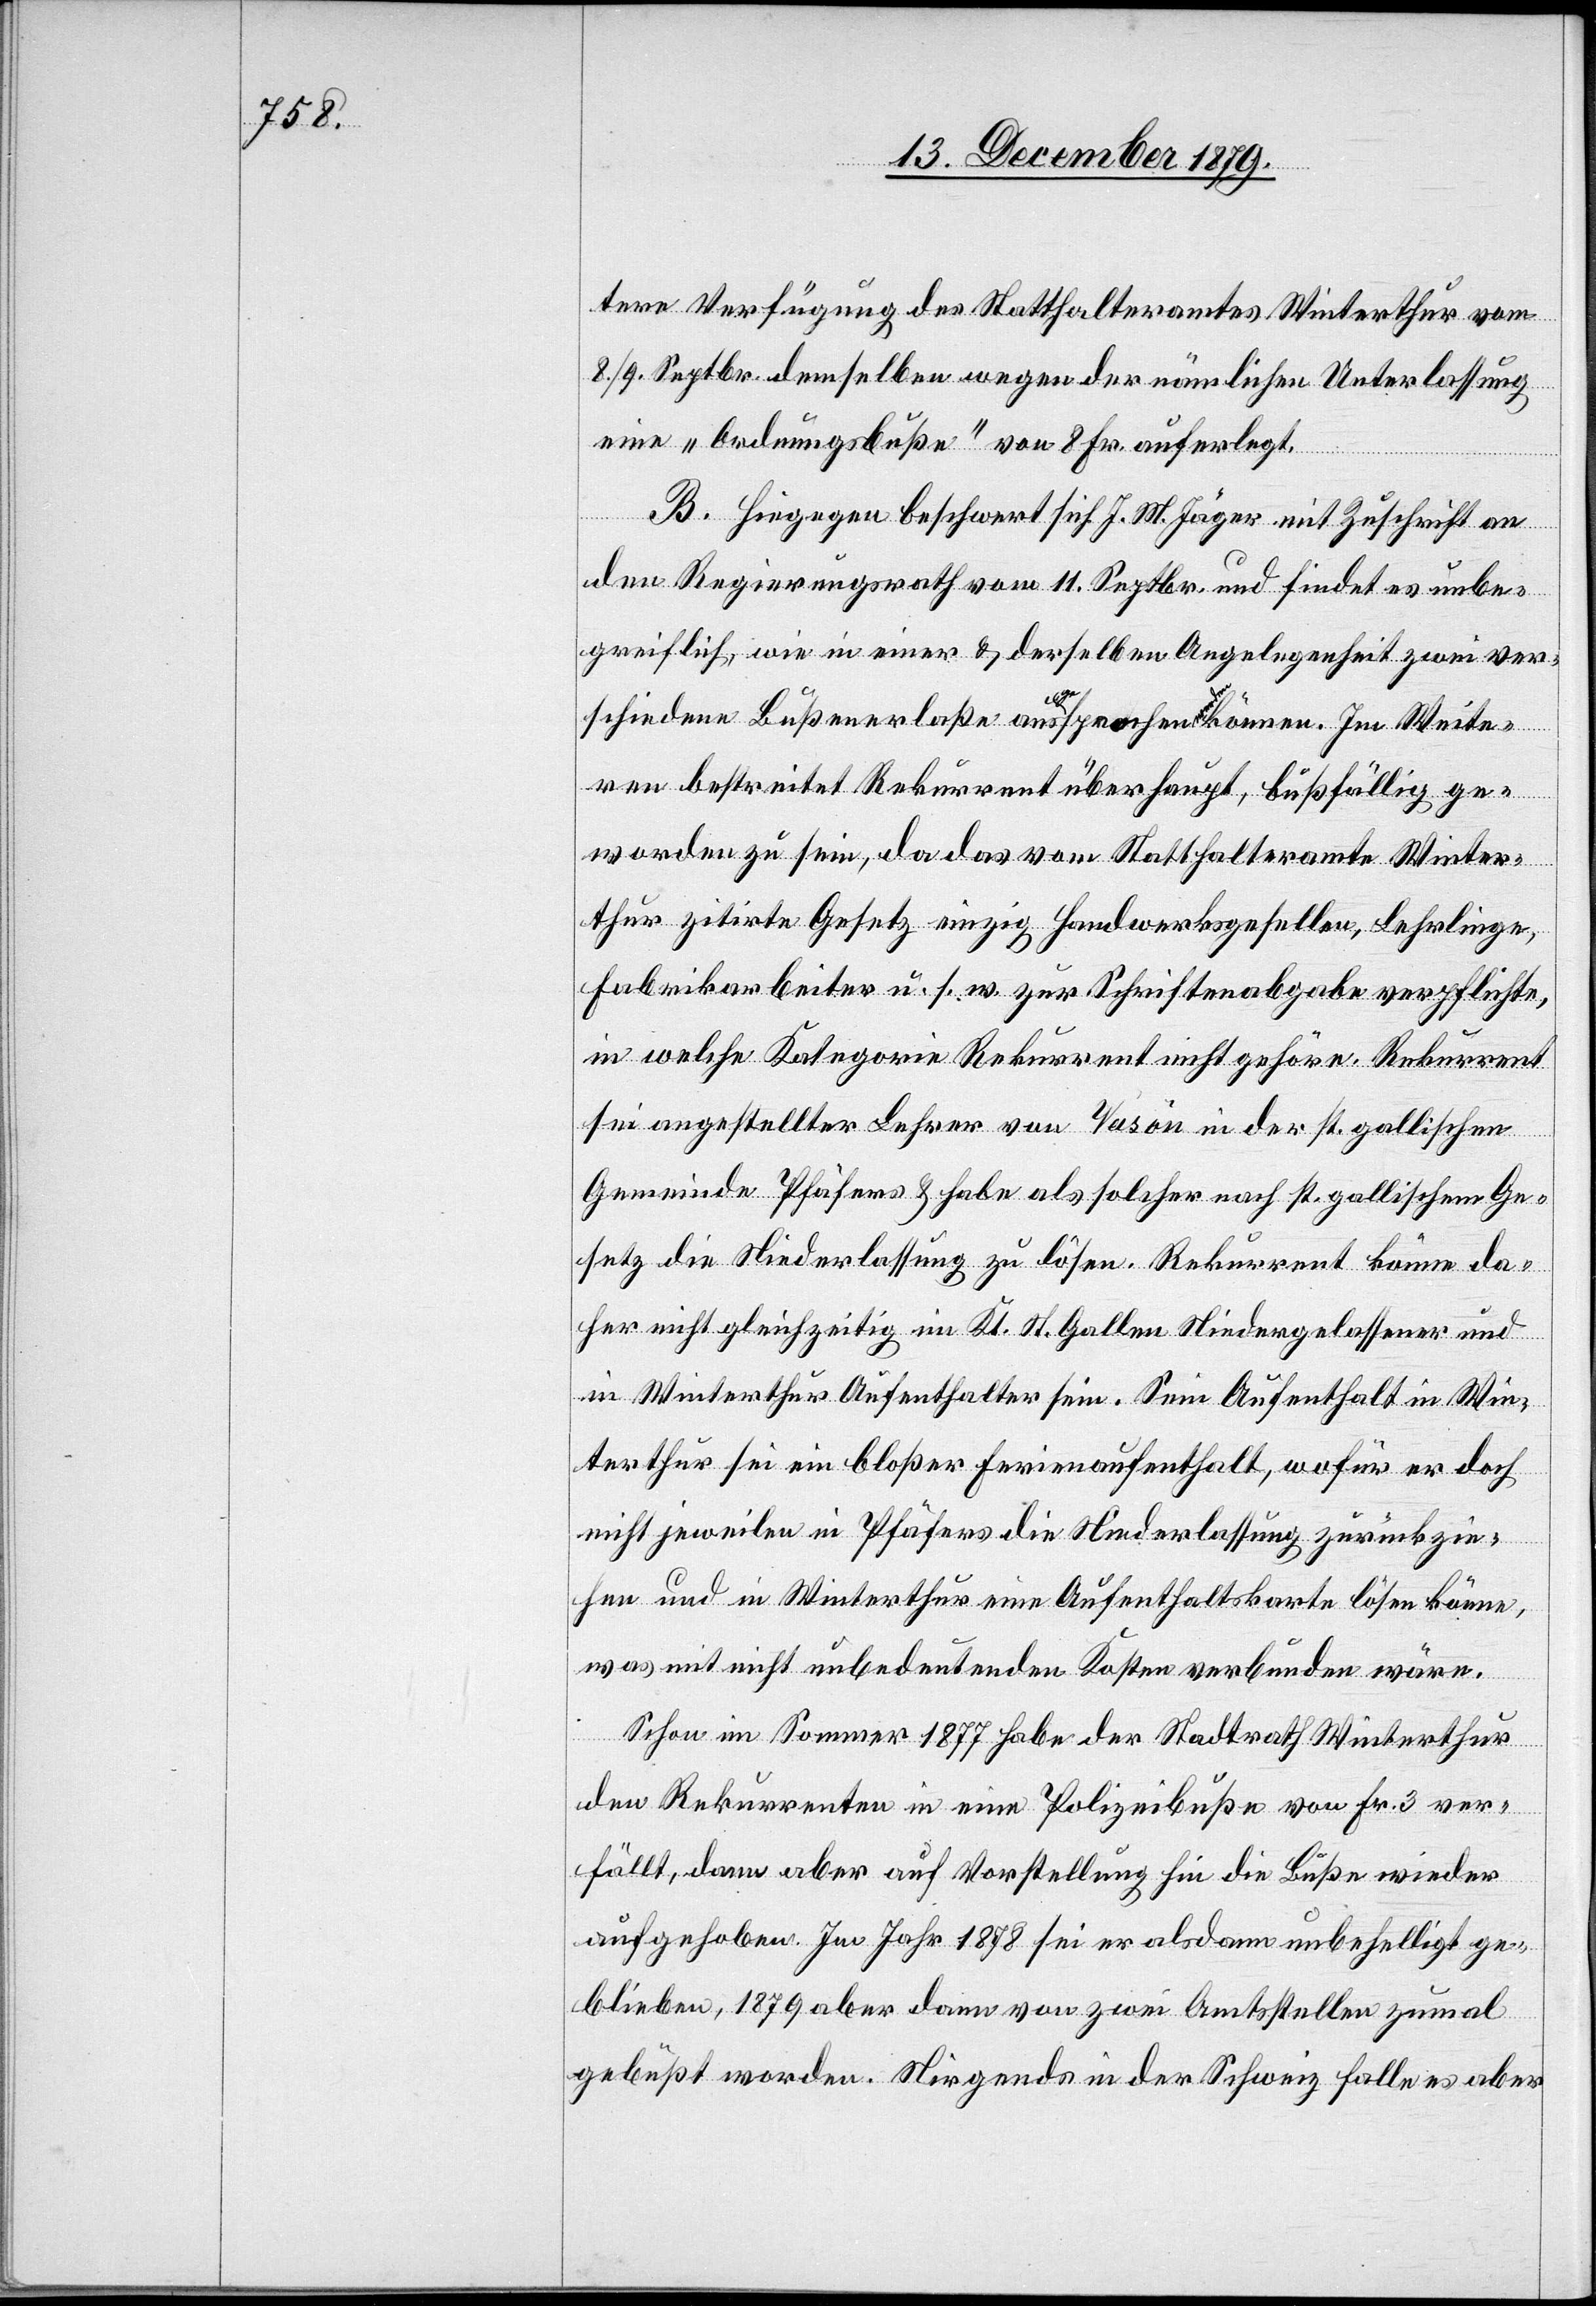
tere Verfügung des Stadthalteramtes Winterthur vom
8./9. Septbr. demselben wegen der nämlichen Unterlassung
eine „Ordnungsbuße“ von 8 Fr. auferlegt.
B. Hingegen beschwert sich J. M. Jäger mit Zuschrift an
den Regierungsrath vom 11. Septbr. und findet es unbe¬
greiflich, wie in einer & derselben Angelegenheit zwei ver¬
schiedene Bußenerlaße ausgesprochen werden können. Im Weite¬
ren bestreitet Rekurrent überhaupt, bußfällig ge¬
worden zu sein, da das vom Statthalteramte Winter¬
thur zitirte Gesetz einzig Handwerksgesellen, Lehrlinge,
Fabrikarbeiter u. s. w. zur Schriftenabgabe verpflichte,
in welche Kategorie Rekurrent nicht gehöre. Rekurrent
sei angestellter Lehrer von Vasôn in der st. gallischen
Gemeinde Pfäfers & habe als solcher nach st. gallischem Ge¬
setz die Niederlassung zu lösen. Rekurrent könne da¬
her nicht geleichzeitig im Kt. St. Gallen Niedergelassener und
in Winterthur Aufenthalter sein. Sein Aufenthalt in Win¬
terthur sei ein bloßer Ferienaufenthalt, wofür er doch
nicht jeweilen in Pfäfers die Niederlassung zurückzie¬
hen und in Winterthur eine Aufenthaltskarte lösen könne,
was mit nicht unbedeutenden Kosten verbunden wäre.
Schon im Sommer 1877 habe der Stadtrath Winterthur
den Rekurrenten in eine Polizeibuße von Fr. 3 ver¬
fällt, dann aber auf Vorstellung hin die Buße wieder
aufgehoben. Im Jahr 1878 sei er alsdann unbehelligt ge¬
blieben, 1879 aber dann von zwei Amtsstellen zumal
gebüßt worden. Nirgends in der Schweiz falle es aber